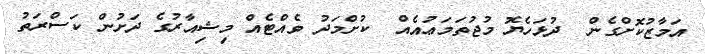
އަމާޒުކޮށްގެން  ދުޅަހެޔޮ މުޖުތަމަޢުއެއް  ކުށްމަދު ވެއްޓެއް މިޝިއާރުގެ ދަށުން ކަސްރަތު